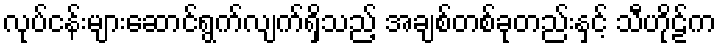
လုပ်ငန်းများဆောင်ရွက်လျက်ရှိသည့် အချစ်တစ်ခုတည်းနှင့် သီဟိုဠ်က